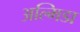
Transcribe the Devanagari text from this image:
अल्मिडा